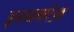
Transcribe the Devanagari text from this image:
इनसबरेज़